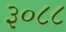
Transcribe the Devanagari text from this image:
३०८८